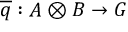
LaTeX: { \overline { { q } } } : A \otimes B \to G